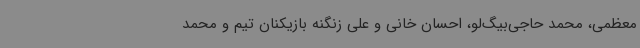
معظمی، محمد حاجی‌بیگ‌لو، احسان خانی و علی زنگنه بازیکنان تیم و محمد